38_143685_box_Incident_Summaries_101-172
Agency: Department of War
Page 129
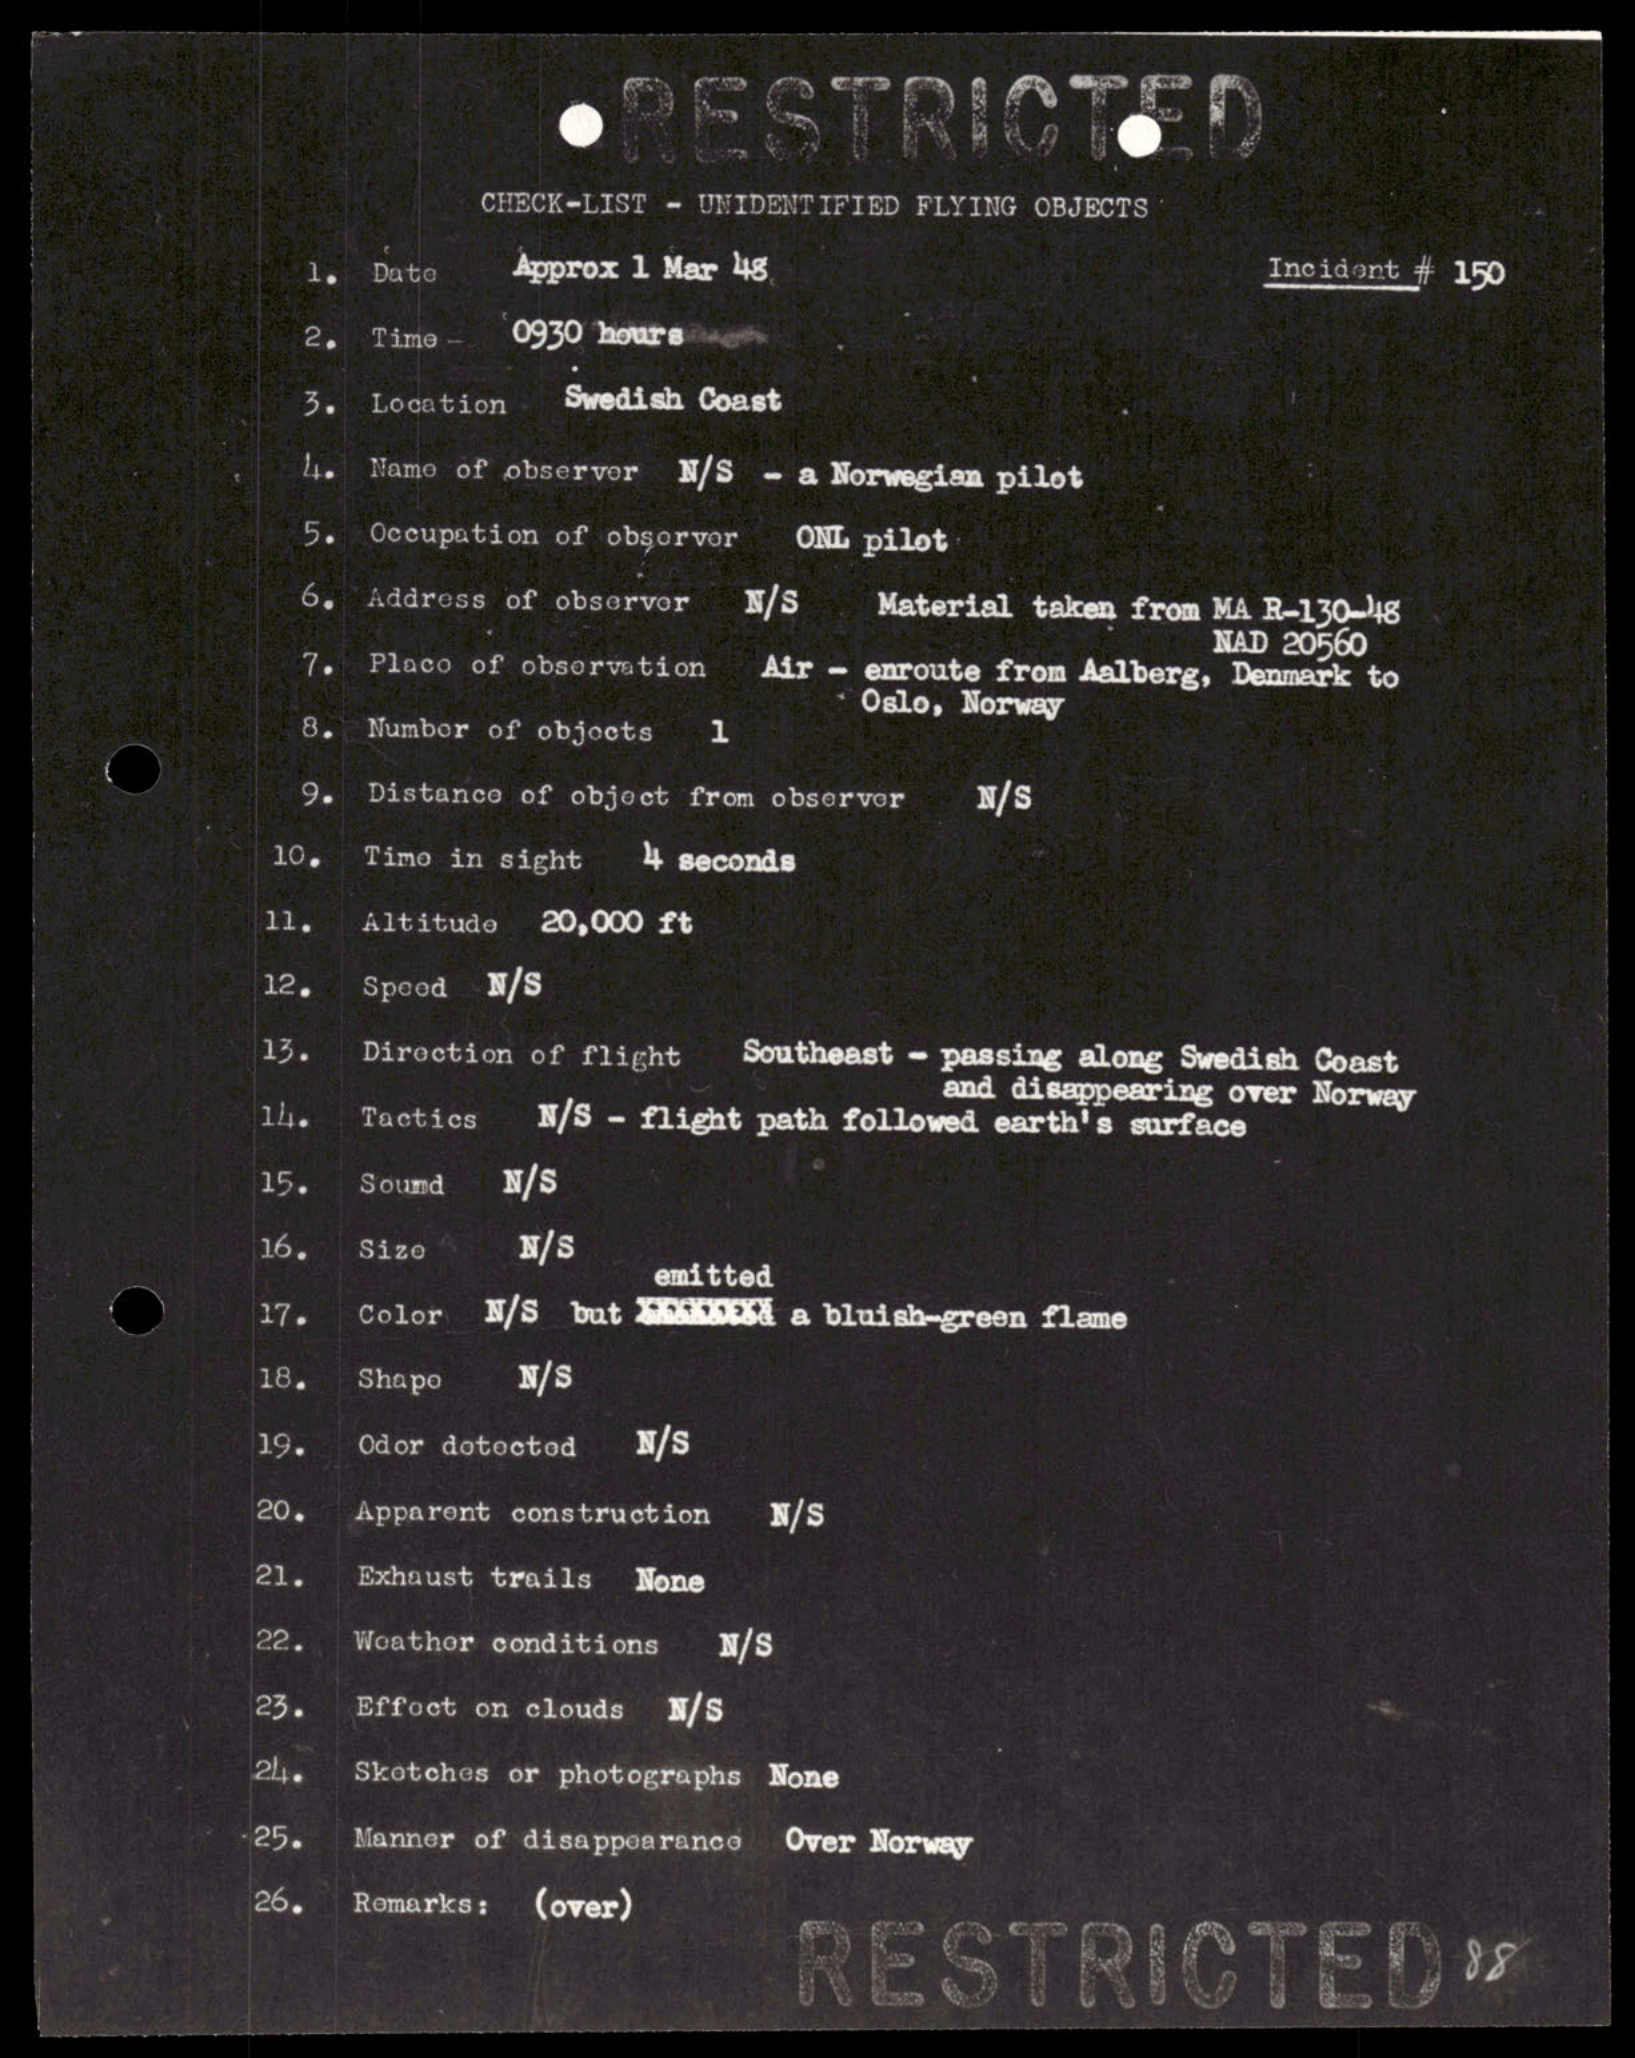